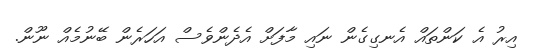
އިރު އެ ކަންތައް އެނގިގެން ނައި މާފަށް އެދެންވެސް އަހަރެން ބޭނުމެއް ނޫން.